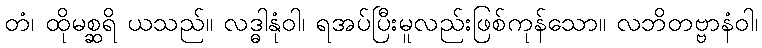
တံ၊ ထိုမစ္ဆရိ ယသည်။ လဒ္ဓါနုံဝါ၊ ရအပ်ပြီးမူလည်းဖြစ်ကုန်သော။ လဘိတဗ္ဗာနံဝါ၊